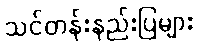
သင်တန်းနည်းပြများ